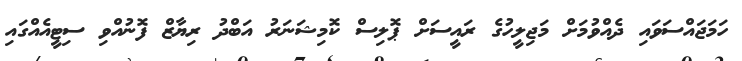
ހަމަޖައްސަވައި ދެއްވުމަށް މަޖިލީހުގެ ރައީސަށް ޕޮލިސް ކޮމިޝަނަރު އަބްދު ރިޔާޒް ފޮނުއްވި ސިޓީއެއްގައި